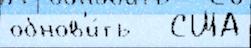
обнов'и́ть   США